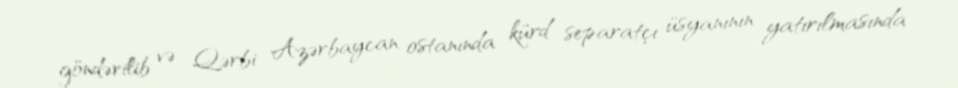
göndərilib və Qərbi Azərbaycan ostanında kürd separatçı üsyanının yatırılmasında